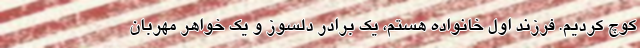
کوچ کردیم. فرزند اول خانواده هستم، یک برادر دلسوز و یک خواهر مهربان